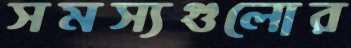
সমস্যগুলোর